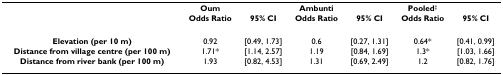
<table><thead><tr><td></td><td><b>Oum</b></td><td></td><td><b>Ambunti</b></td><td></td><td><b>Pooled<sup>‡</sup></b></td><td></td></tr><tr><td></td><td><b>Odds Ratio</b></td><td><b>95% CI</b></td><td><b>Odds Ratio</b></td><td><b>95% CI</b></td><td><b>Odds Ratio</b></td><td><b>95% CI</b></td></tr></thead><tbody><tr><td><b>Elevation (per 10 m)</b></td><td>0.92</td><td>[0.49, 1.73]</td><td>0.6</td><td>[0.27, 1.31]</td><td>0.64*</td><td>[0.41, 0.99]</td></tr><tr><td><b>Distance from village centre (per 100 m)</b></td><td>1.71*</td><td>[1.14, 2.57]</td><td>1.19</td><td>[0.84, 1.69]</td><td>1.3*</td><td>[1.03, 1.66]</td></tr><tr><td><b>Distance from river bank (per 100 m)</b></td><td>1.93</td><td>[0.82, 4.53]</td><td>1.31</td><td>[0.69, 2.49]</td><td>1.2</td><td>[0.82, 1.76]</td></tr></tbody></table>